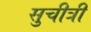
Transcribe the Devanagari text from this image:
सुचीत्री